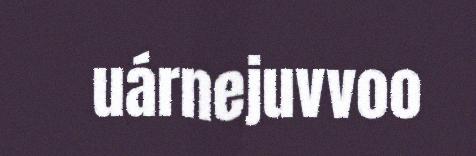
uárnejuvvoo